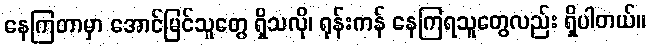
နေကြတာမှာ အောင်မြင်သူတွေ ရှိသလို၊ ရုန်းကန် နေကြရသူတွေလည်း ရှိပါတယ်။